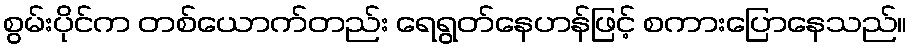
စွမ်းပိုင်က တစ်ယောက်တည်း ရေရွတ်နေဟန်ဖြင့် စကားပြောနေသည်။